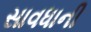
સાવધાની